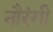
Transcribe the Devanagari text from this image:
नौरंगी